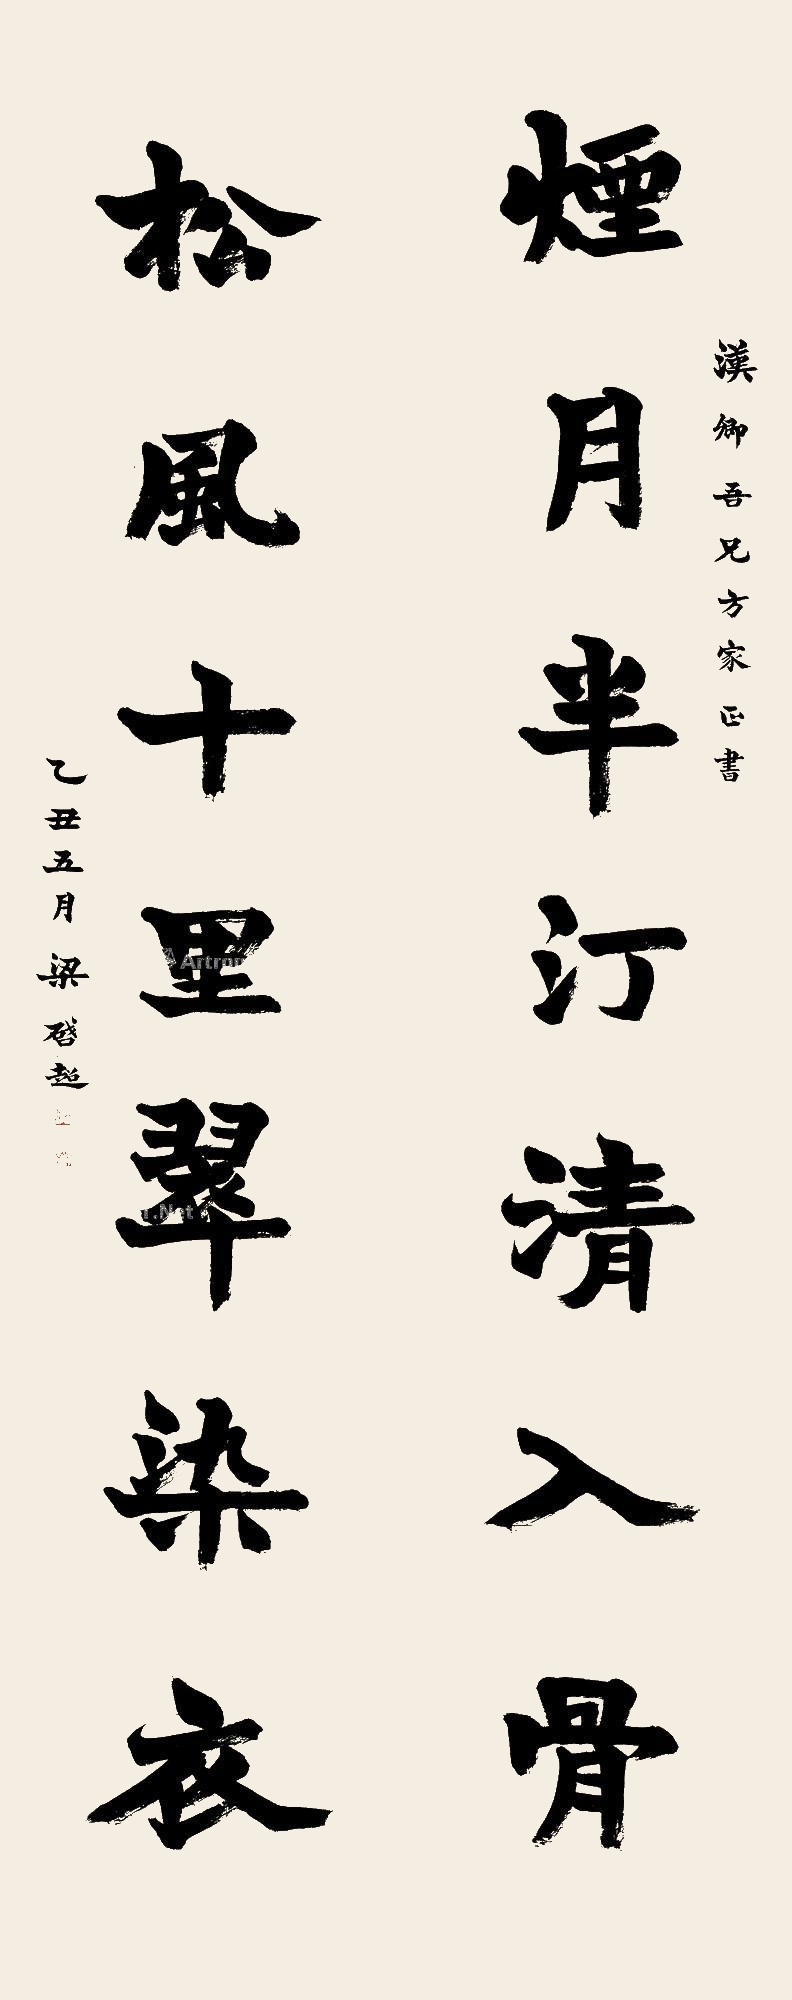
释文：烟月半汀清入骨，松风十里翠染衣。汉卿吾兄方家正书，乙丑五月梁启超。